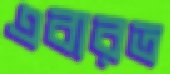
এবারত